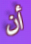
أن